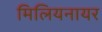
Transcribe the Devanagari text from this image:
मिलियनायर